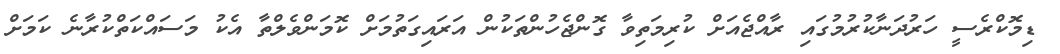
ޑިމޮކްރެސީ ހަރުދަނާކުރުމުގައި ރާއްޖެއަށް ކުރިމަތިވާ ގޮންޖެހުންތަކުން އަރައިގަތުމަށް ކޮމަންވެލްތާ އެކު މަސައްކަތްކުރާނެ ކަމަށް